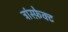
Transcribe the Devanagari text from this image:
ट्रांस्फ़ेक्ट